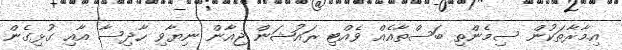
އިމާރާތަކުން ސިމެންތި ބަސްތާއެއް ވެއްޓި ރައުޝަން ޖިއާން ނިޔާވި ހާދިސާ އާއި ގުޅިގެން